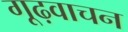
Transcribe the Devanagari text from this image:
गूढ़वाचन